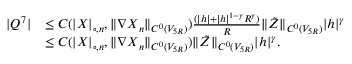
\begin{array} { r l } { | Q ^ { 7 } | } & { \leq C ( | \boldsymbol { X } | _ { \circ , n } , \| \nabla \boldsymbol { X } _ { n } \| _ { C ^ { 0 } ( V _ { 5 R } ) } ) \frac { ( | { \boldsymbol { h } } | + | { \boldsymbol { h } } | ^ { 1 - \gamma } R ^ { \gamma } ) } { R } \| \tilde { Z } \| _ { C ^ { 0 } ( V _ { 5 R } ) } | { \boldsymbol { h } } | ^ { \gamma } } \\ & { \leq C ( | \boldsymbol { X } | _ { \circ , n } , \| \nabla \boldsymbol { X } _ { n } \| _ { C ^ { 0 } ( V _ { 5 R } ) } ) \| \tilde { Z } \| _ { C ^ { 0 } ( V _ { 5 R } ) } | { \boldsymbol { h } } | ^ { \gamma } . } \end{array}